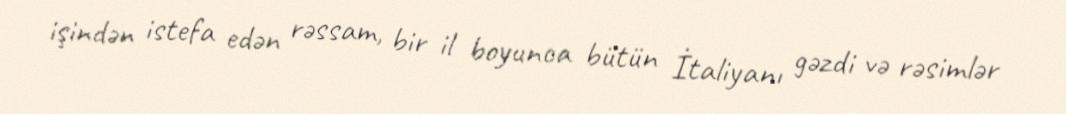
işindən istefa edən rəssam, bir il boyunca bütün İtaliyanı gəzdi və rəsimlər